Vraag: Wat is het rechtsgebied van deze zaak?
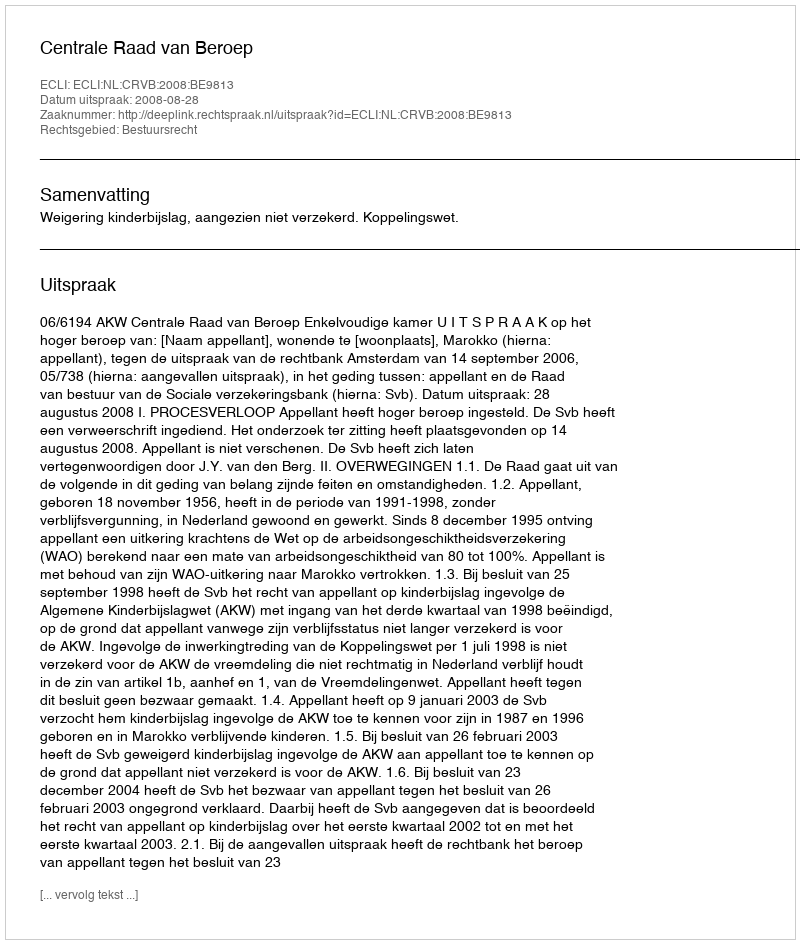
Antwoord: Bestuursrecht